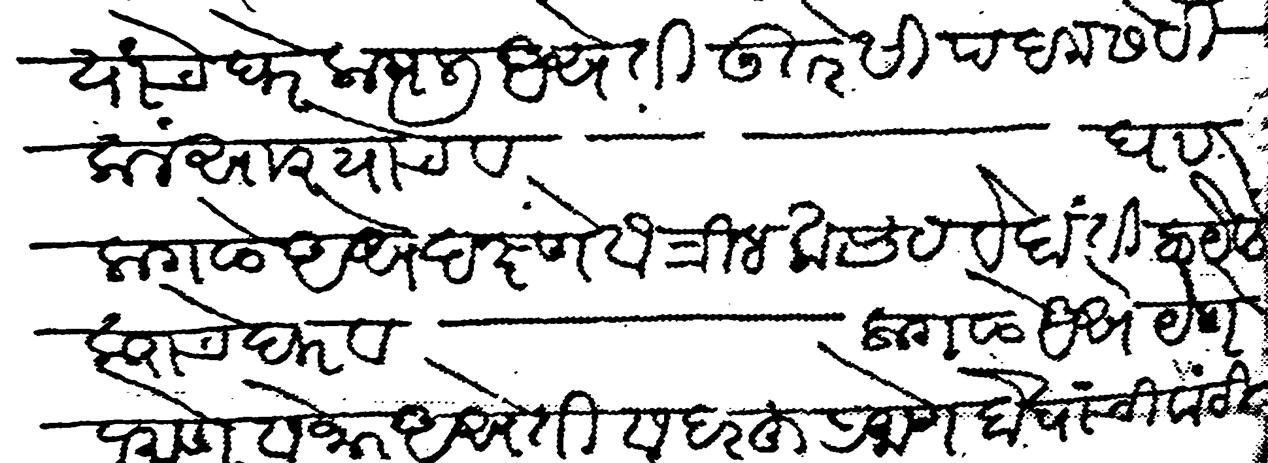
Transliteration (Devanagari): यांचे घरे लागुन असे ती उतरेसी परमसेटी कलंरवार याचे व घर लागले असे दक्ष्णेस त्रीबकराव वीदांती कराचे घर व लागले असे येणेप्रमाणे सेजार असे ती सदरहू प्रमाणे दोघांची वांटी